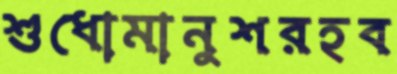
শুধোমানুশরহব